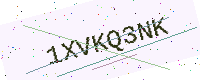
Text: 1XVKQ3NK